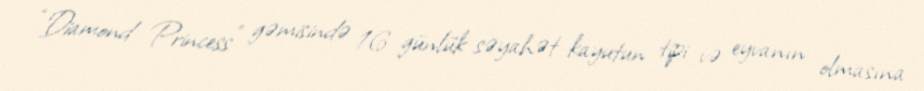
“Diamond Princess” gəmisində 16 günlük səyahət kayutun tipi və eyvanın olmasına